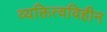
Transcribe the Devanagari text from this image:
व्यक्तित्वविहीन